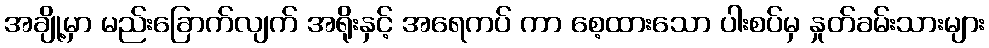
အချို့မှာ မည်းခြောက်လျက် အရိုးနှင့် အရေကပ် ကာ စေ့ထားသော ပါးစပ်မှ နှုတ်ခမ်းသားများ